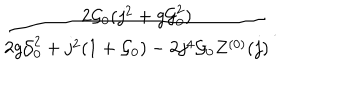
LaTeX: \frac { 2 { \cal G } _ { 0 } ( j ^ { 2 } + g { \cal G } _ { 0 } ^ { 2 } ) } { 2 g { \cal G } _ { 0 } ^ { 2 } + j ^ { 2 } ( 1 + { \cal G } _ { 0 } ) - 2 j ^ { 4 } { \cal G } _ { 0 } Z ^ { ( 0 ) } ( j ) } .